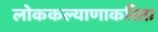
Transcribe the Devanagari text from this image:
लोककल्याणाकरिता